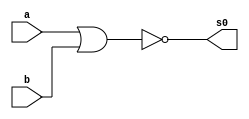
module NAND (s0, a,b);
input a,b;
output s0;

assign s0 = (~(a|b));

endmodule // NAND

module NOTNAND ( s0, a );
input a;
output s0;

NAND noa1 ( s0, a, a );
 
endmodule //NOTNAND 
// ---------------------
// -- testes
// ---------------------

module testNOTNAND;

reg a;
wire sai0;

 NOTNAND notnand1 ( sai0, a );
 initial begin  
 	   $display("Guia 02 - Ex03 - Tabela verdade NOT usando NAND");
      $display("Test ORNAND");
      $display("\na  b  = saida\n");
      a=0;
      $monitor("%b = %b", a, sai0);
  #1	a=1;  		
  
end 
endmodule //